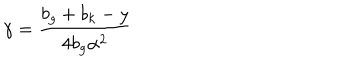
\gamma = \frac { b _ { g } + b _ { k } - y } { 4 b _ { g } \alpha ^ { 2 } }